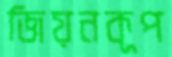
জিয়নকূপ